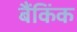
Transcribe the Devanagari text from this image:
बैंकिंक